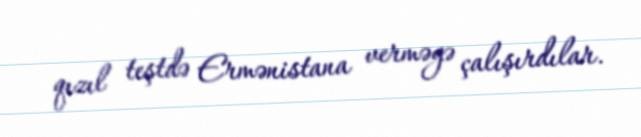
qızıl teştdə Ermənistana verməyə çalışırdılar.